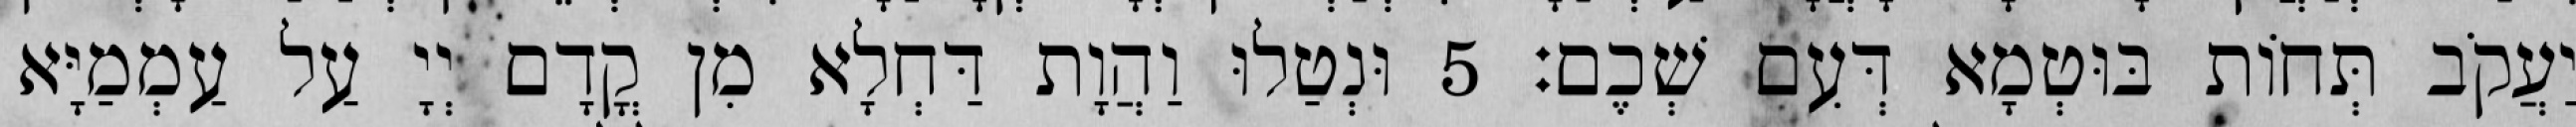
יַעֲקֹב תְּחוֹת בּוּטְמָא דְּעִם שְׁכֶם׃ 5 וּנְטַלוּ וַהֲוָת דַּחְלָא מִן קֳדָם יְיָ עַל עַמְמַיָּא